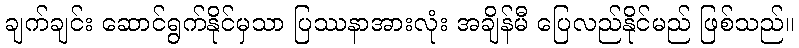
ချက်ချင်း ဆောင်ရွက်နိုင်မှသာ ပြဿနာအားလုံး အချိန်မီ ပြေလည်နိုင်မည် ဖြစ်သည်။